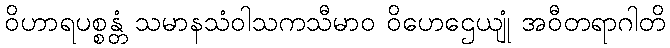
ဝိဟာရပစ္စန္တံ သမာနသံဝါသကသီမာဝ ဝိဟေဌေယျုံ အဝီတရာဂါတိ